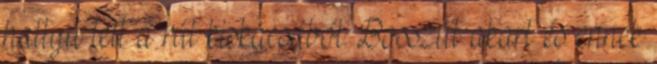
hattyú lett a rút kiskacsából. Bosszút akart és ennek